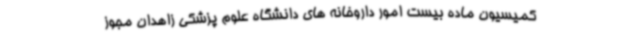
کمیسیون ماده بیست امور داروخانه های دانشگاه علوم پزشکی زاهدان مجوز